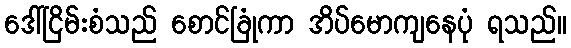
ဒေါ်ငြိမ်းစံသည် စောင်ခြုံကာ အိပ်မောကျနေပုံ ရသည်။